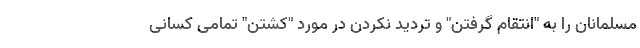
مسلمانان را به "انتقام گرفتن" و تردید نکردن در مورد "کشتن" تمامی کسانی